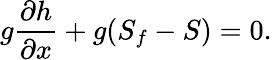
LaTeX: g{\frac{\partial h}{\partial x}}+g(S_{f}-S)=0.